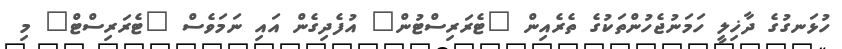
ހުޅަނގުގެ ދާޚިލީ ހަމަނުޖެހުންތަކުގެ ތެރެއިން "ޓެރަރިސްޓުން" އުފެދިގެން އައި ނަމަވެސް "ޓެރަރިސްޓް" މި